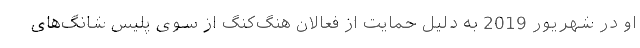
او در شهریور 2019 به دلیل حمایت از فعالان هنگ‌کنگ از سوی پلیس شانگ‌های